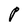
Character: P